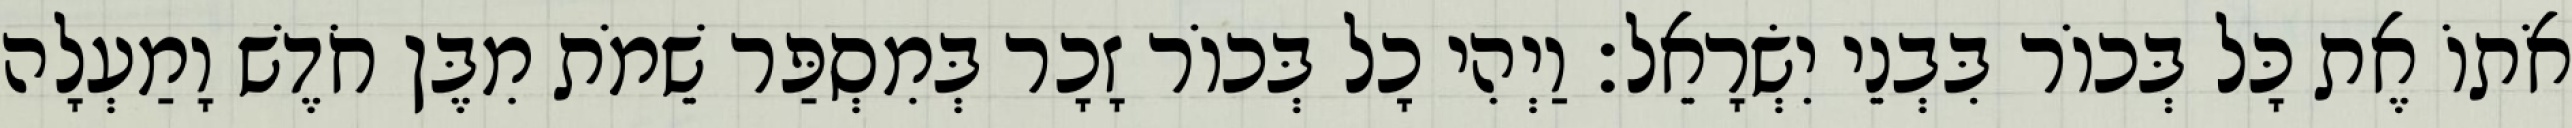
אֹתוֹ אֶת כָּל בְּכוֹר בִּבְנֵי יִשְׂרָאֵל׃ וַיְהִי כָל בְּכוֹר זָכָר בְּמִסְפַּר שֵׁמֹת מִבֶּן חֹדֶשׁ וָמַעְלָה